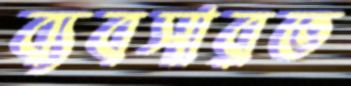
ব্যবসারত